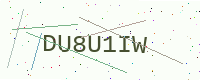
Text: DU8U1IW